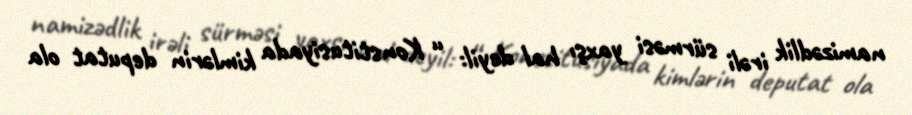
namizədlik irəli sürməsi yaxşı hal deyil: “ Konstitusiyada kimlərin deputat ola